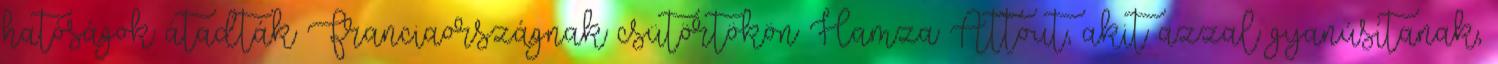
hatóságok átadták Franciaországnak csütörtökön Hamza Attout, akit azzal gyanúsítanak,